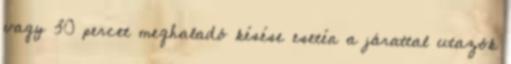
vagy 30 percet meghaladó késése esetén a járattal utazók